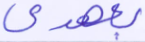
بعهدي